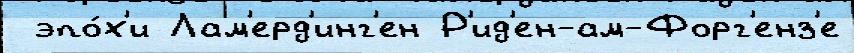
 эпо́х'и Лам'ерд'инг'ен Р'ид'ен-ам-Форг'енз'е